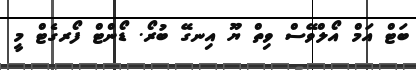
ބަޓް އަމް އޯލްވޭސް ވިތް ޔޫ އިނގޭ ބުރޯ. ޑޯންޓް ފޯރގެޓް މީ